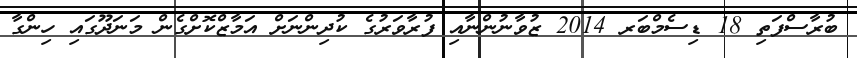
ބުރާސްފަތި 18 ޑިސެމްބަރ 2014 ޒުވާނުންނާއި ފުރާވަރުގެ ކުދިންނަށް އަމާޒްކޮށްގެން މަނަދޫގައި ހިންގާ